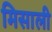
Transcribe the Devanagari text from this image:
मिसाली